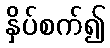
နှိပ်စက်၍